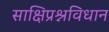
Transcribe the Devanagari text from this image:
साक्षिप्रश्नविधान